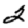
Digit: 2